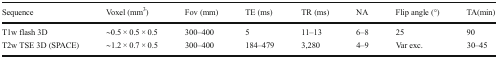
<table><thead><tr><td><b>Sequence</b></td><td><b>Voxel (mm<sup>3</sup>)</b></td><td><b>Fov (mm)</b></td><td><b>TE (ms)</b></td><td><b>TR (ms)</b></td><td><b>NA</b></td><td><b>Flip angle (°)</b></td><td><b>TA(min)</b></td></tr></thead><tbody><tr><td>T1w flash 3D</td><td>∼0.5 × 0.5 × 0.5</td><td>300–400</td><td>5</td><td>11–13</td><td>6–8</td><td>25</td><td>90</td></tr><tr><td>T2w TSE 3D (SPACE)</td><td>∼1.2 × 0.7 × 0.5</td><td>300–400</td><td>184–479</td><td>3,280</td><td>4–9</td><td>Var exc.</td><td>30–45</td></tr></tbody></table>